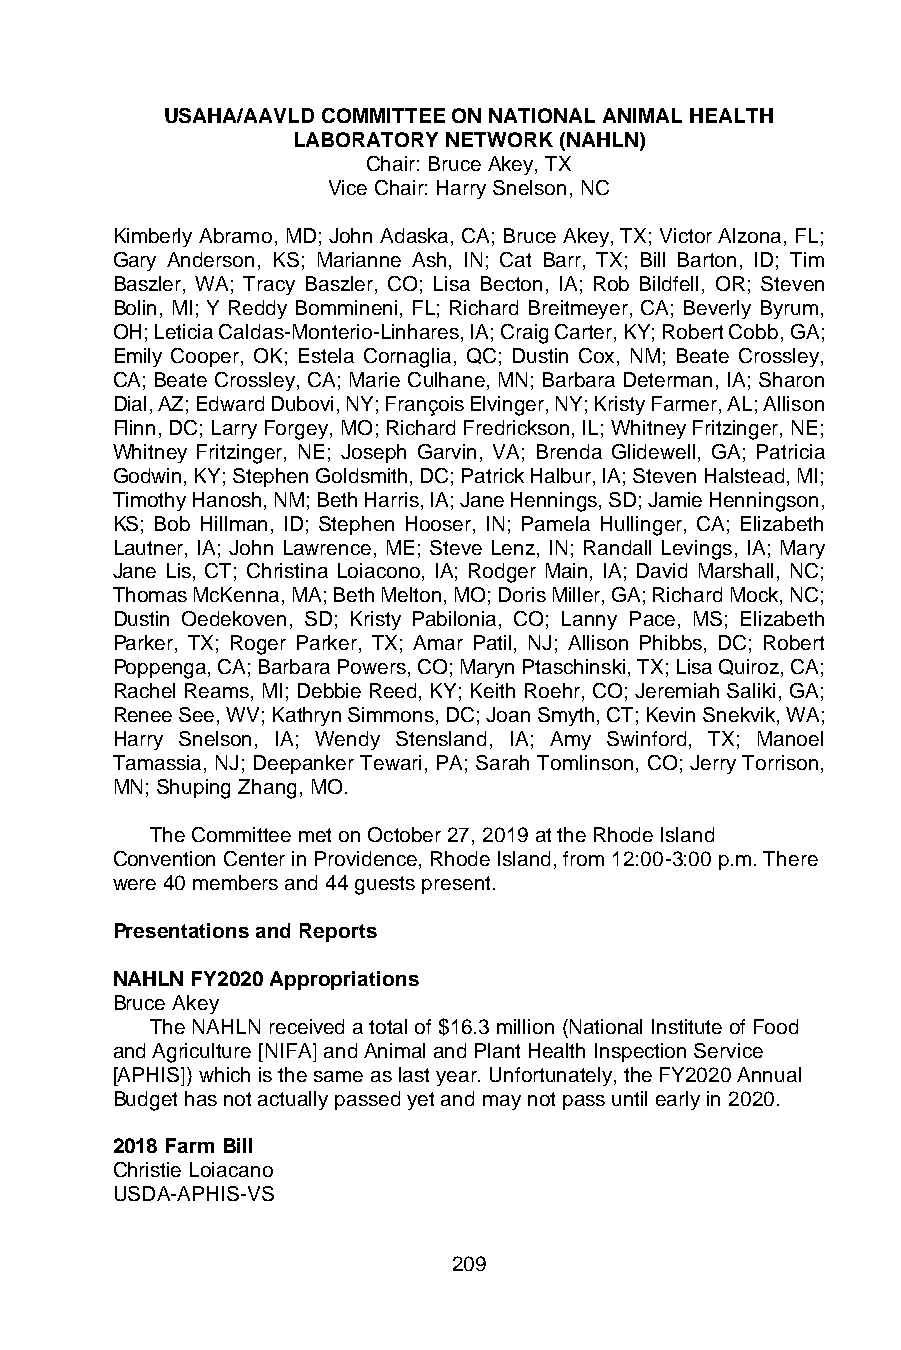
USAHA/AAVLD COMMITTEE ON NATIONAL ANIMAL HEALTH
 LABORATORY NETWORK (NAHLN)
 Chair: Bruce Akey, TX
 Vice Chair: Harry Snelson, NC
 Kimberly Abramo, MD; John Adaska, CA; Bruce Akey, TX; Victor Alzona, FL;
 Gary Anderson, KS; Marianne Ash, IN; Cat Barr, TX; Bill Barton, ID; Tim
 Baszler, WA; Tracy Baszler, CO; Lisa Becton, IA; Rob Bildfell, OR; Steven
 Bolin, MI; Y Reddy Bommineni, FL; Richard Breitmeyer, CA; Beverly Byrum,
 OH; Leticia Caldas-Monterio-Linhares, IA; Craig Carter, KY; Robert Cobb, GA;
 Emily Cooper, OK; Estela Cornaglia, QC; Dustin Cox, NM; Beate Crossley,
 CA; Beate Crossley, CA; Marie Culhane, MN; Barbara Determan, IA; Sharon
 Dial, AZ; Edward Dubovi, NY; François Elvinger, NY; Kristy Farmer, AL; Allison
 Flinn, DC; Larry Forgey, MO; Richard Fredrickson, IL; Whitney Fritzinger, NE;
 Whitney Fritzinger, NE; Joseph Garvin, VA; Brenda Glidewell, GA; Patricia
 Godwin, KY; Stephen Goldsmith, DC; Patrick Halbur, IA; Steven Halstead, MI;
 Timothy Hanosh, NM; Beth Harris, IA; Jane Hennings, SD; Jamie Henningson,
 KS; Bob Hillman, ID; Stephen Hooser, IN; Pamela Hullinger, CA; Elizabeth
 Lautner, IA; John Lawrence, ME; Steve Lenz, IN; Randall Levings, IA; Mary
 Jane Lis, CT; Christina Loiacono, IA; Rodger Main, IA; David Marshall, NC;
 Thomas McKenna, MA; Beth Melton, MO; Doris Miller, GA; Richard Mock, NC;
 Dustin Oedekoven, SD; Kristy Pabilonia, CO; Lanny Pace, MS; Elizabeth
 Parker, TX; Roger Parker, TX; Amar Patil, NJ; Allison Phibbs, DC; Robert
 Poppenga, CA; Barbara Powers, CO; Maryn Ptaschinski, TX; Lisa Quiroz, CA;
 Rachel Reams, MI; Debbie Reed, KY; Keith Roehr, CO; Jeremiah Saliki, GA;
 Renee See, WV; Kathryn Simmons, DC; Joan Smyth, CT; Kevin Snekvik, WA;
 Harry Snelson, IA; Wendy Stensland, IA; Amy Swinford, TX; Manoel
 Tamassia, NJ; Deepanker Tewari, PA; Sarah Tomlinson, CO; Jerry Torrison,
 MN; Shuping Zhang, MO.
 The Committee met on October 27, 2019 at the Rhode Island
 Convention Center in Providence, Rhode Island, from 12:00-3:00 p.m. There
 were 40 members and 44 guests present.
 Presentations and Reports
 NAHLN FY2020 Appropriations
 Bruce Akey
 The NAHLN received a total of $16.3 million (National Institute of Food
 and Agriculture [NIFA] and Animal and Plant Health Inspection Service
 [APHIS]) which is the same as last year. Unfortunately, the FY2020 Annual
 Budget has not actually passed yet and may not pass until early in 2020.
 2018 Farm Bill
 Christie Loiacano
 USDA-APHIS-VS
 209